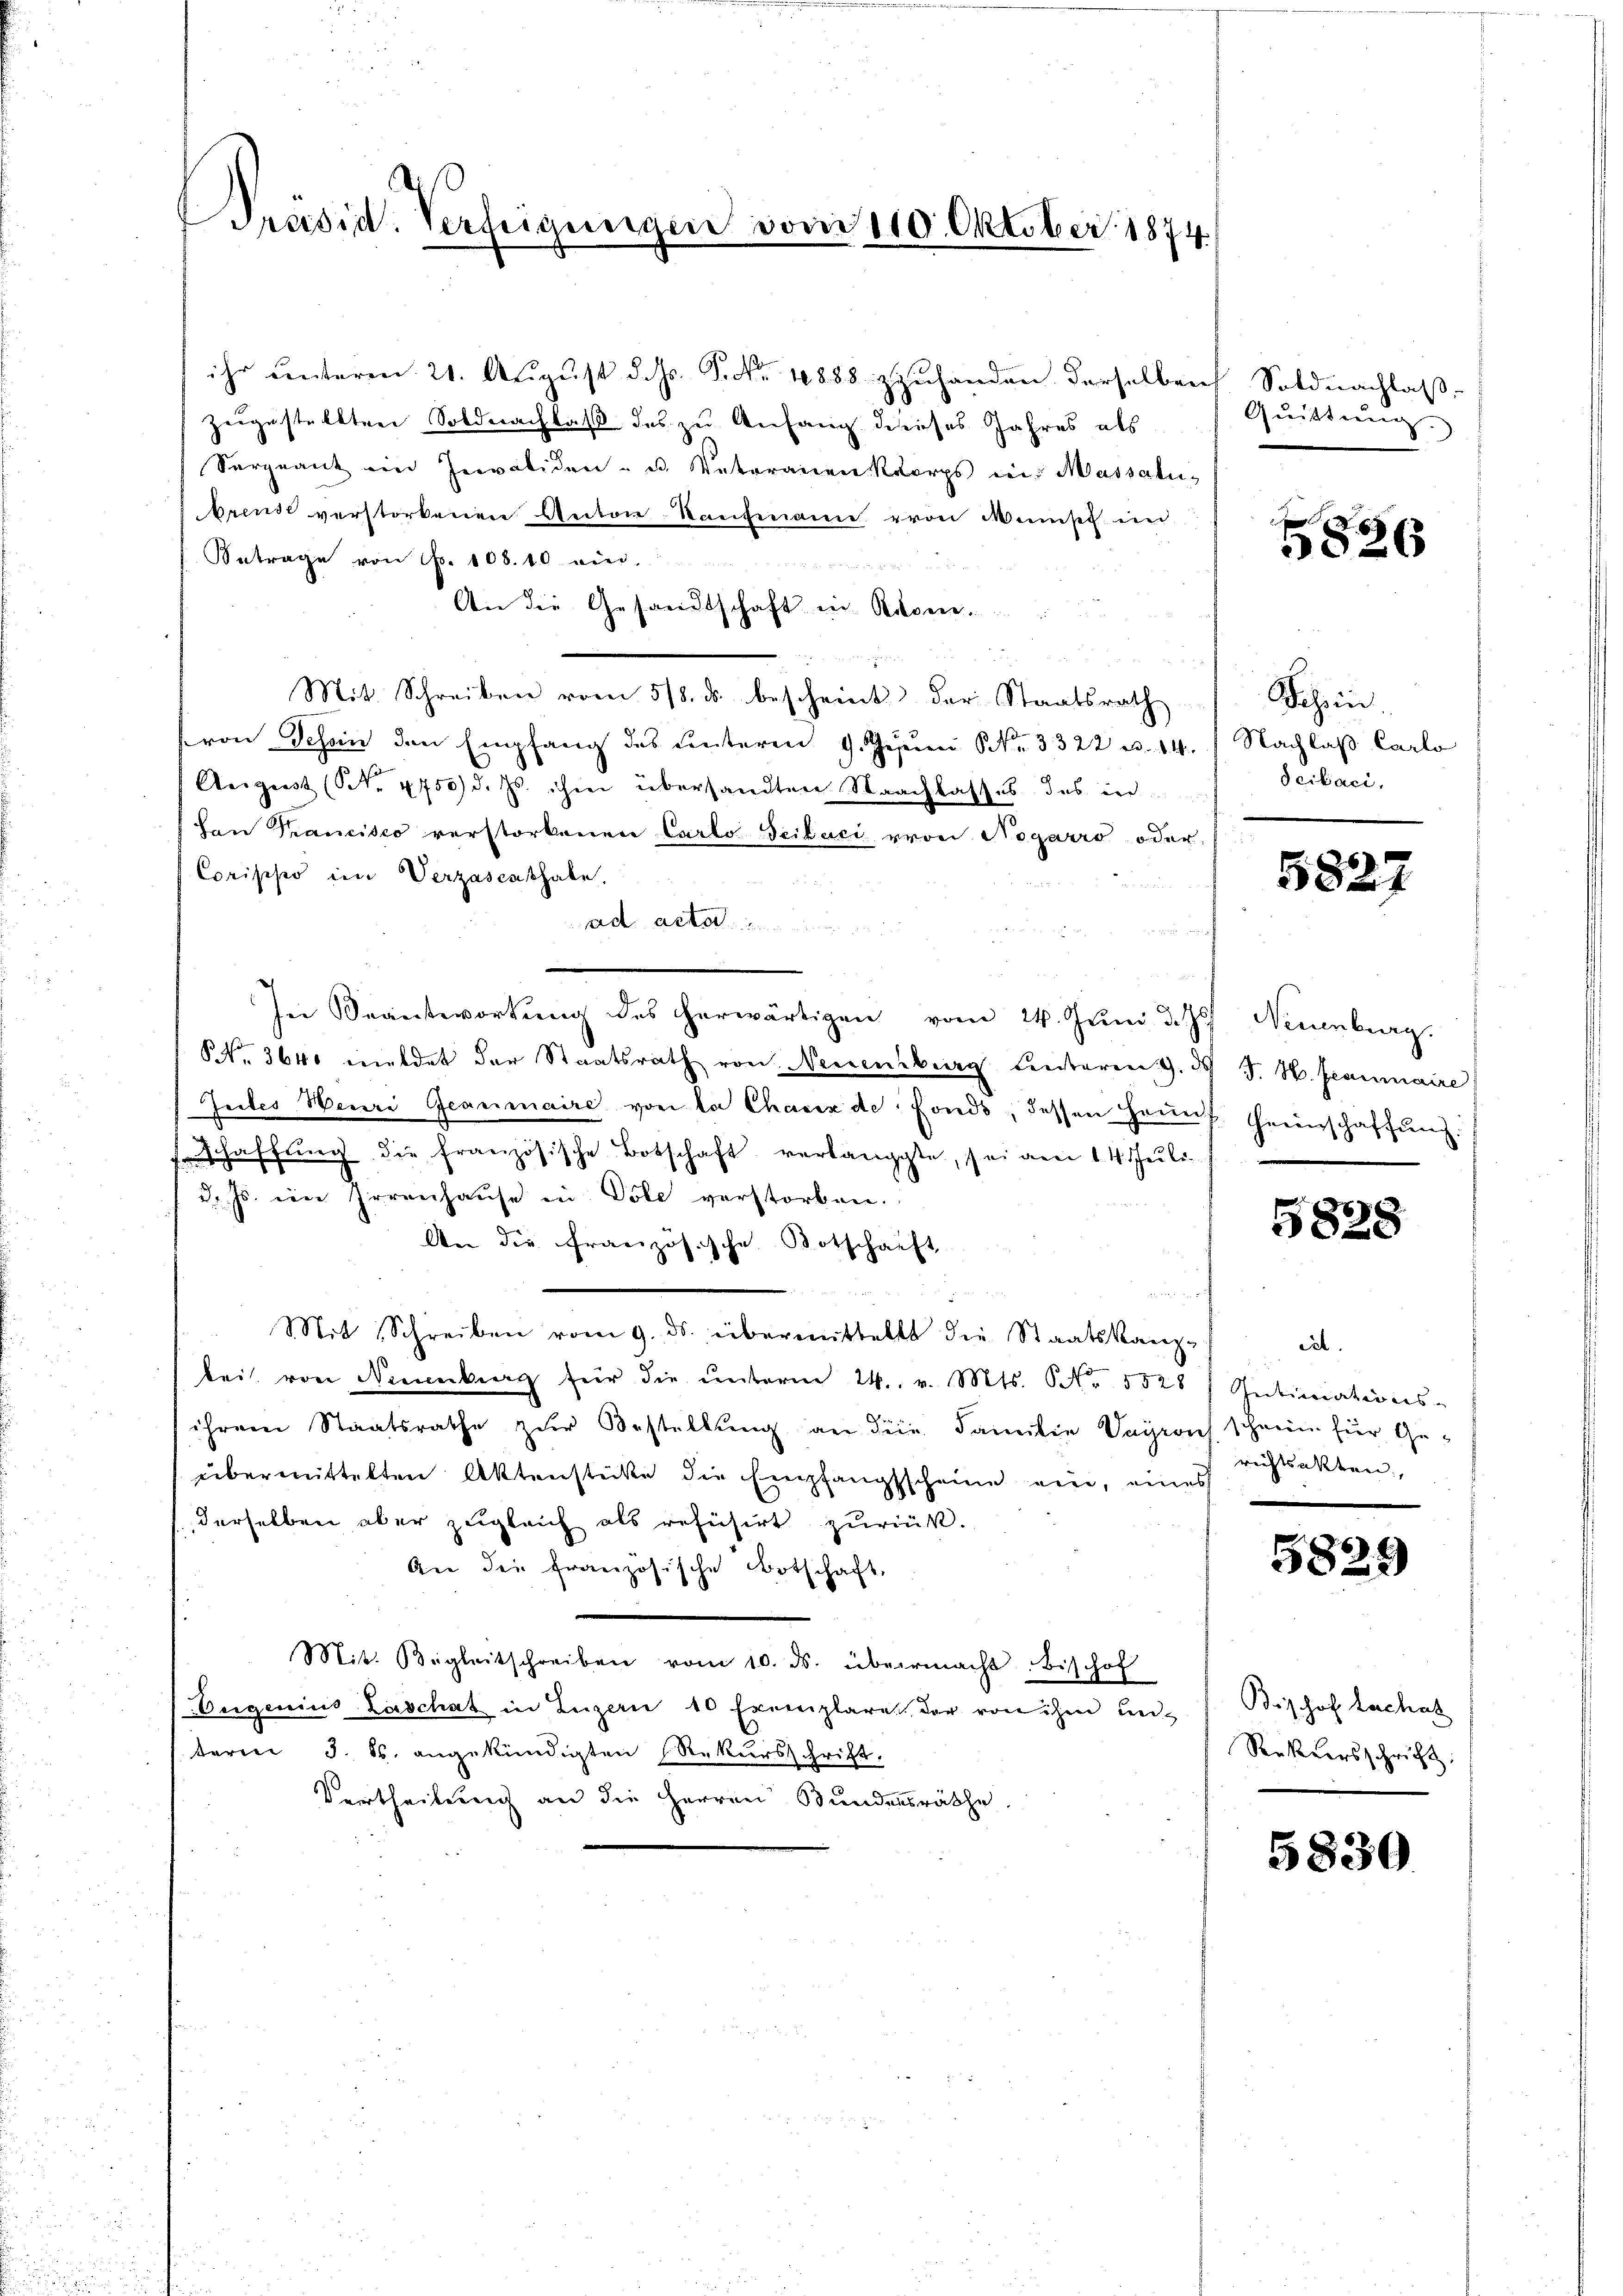
Präsid. Verfügungen vom 110. Oktober. 1874

ihr ŭnterm 21. Aŭgŭst d. Js. S. 1888 zuhanden derselben Soldnachlaβ-
zeigestellten Soldnachlaß des zu Anfang dieses Jahres als
Sargeant ein Invaliden- u. Vateranen Korps in Massati,
brende verstorbenen Anton-Kaŭfmann von Münst in
Betrage von Nr. 108. 10 ein,
An die Gesandtschaft in Rossen.
Mit Schreiben vom 5/8. ds. bescheint der Staatsrath
von Schein den Empfang des unteren 9. Gesŭn Nr. 3322 u. 14. Nachlaß Carlo
August (S. 4750 d. Js. ihre übersandten Nachlasses des in
Von Krancisco verstorbenen Carlo Teiluci von Nogarro oder
Corisiseo im Verzascathabe.
55 2
ad acte
In Beantwortung des herwärtigen vom 24. Juni d. J. Neuenburg.
NNo. 364 meldet der Staatsrath von Neuenburg Centaren 2. d. J. H. Gesammaire
Jutes Henri Geanmaire von la Chaux de fonds, dessen Haŭnt Geeinschaffŭng.
schaffŭng die französische Botschaft verlangte, sei am 14. Juli
d. Js. im Irrenhause in Vole verstorben.
An die Französische Botschaft
r
Mit Schreiben vom 9. ds. übermittelt die Staatskanz-
bei, von Neuenburg für die ŭnterm 24. v. Mts. Nr. 5528 / Intimations-
ihrem Staatsrathe zŭr Bestellŭng an die Familie Vagrons schein für Ge-
übermittelten Aktenstücke die Empfangsscheine ein, eines
derselben aber zugleich als refüsirt zurück.
An die französische Botschaft,
Mit. Begleitschreiben vom 10. ds. übermacht. Bischof
Eugenius Zuschat in Luzern 10 Exemplare der von ihm unterm 3. ds. angekündigten Rekursschrift,
Vertheilung an die Herren Bundensräthe

Quittung.

826

Schein
Scibaci

5827

5828

iat.
rechtsakten,

5829

Brshof Lachah
Rekursschricht:

5830.